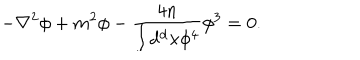
- \nabla ^ { 2 } \phi + m ^ { 2 } \phi - { \frac { 4 n } { \int \mathrm { d ^ { d } } x \phi ^ { 4 } } } \phi ^ { 3 } = 0 .